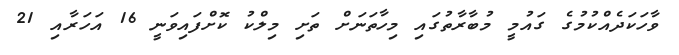
ވާހަކަދެއްކުމުގެ ގައުމީ މުބާރާތުގައި މިހާތަނަށް ތަށި މިލްކު ކޮށްފައިވަނީ 16 އަހަރާއި 21